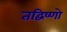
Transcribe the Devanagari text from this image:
तद्विष्णो